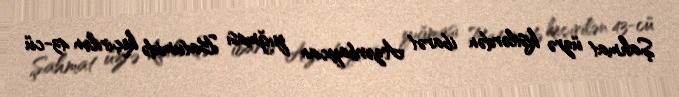
Şahmat üzrə kişilərdən ibarət Azərbaycan yığması Batumidə keçirilən 43-cü